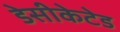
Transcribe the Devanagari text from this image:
डेसीकेटेड